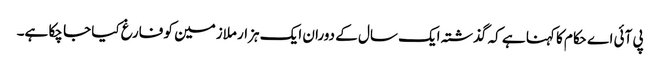
پی آئی اے حکام کا کہنا ہے کہ گذشتہ ایک سال کے دوران ایک ہزار ملازمین کو فارغ کیا جا چکا ہے۔